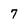
Character: 7